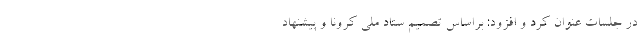
در جلسات عنوان کرد و افزود: براساس تصمیم ستاد ملی کرونا و پیشنهاد